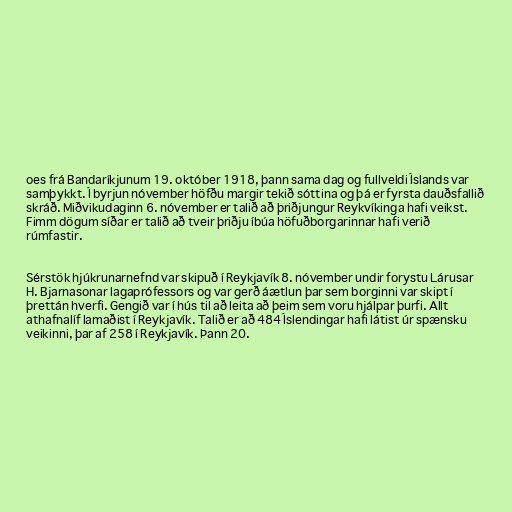
oes frá Bandaríkjunum 19. október 1918, þann sama dag og fullveldi Íslands var
samþykkt. Í byrjun nóvember höfðu margir tekið sóttina og þá er fyrsta dauðsfallið
skráð. Miðvikudaginn 6. nóvember er talið að þriðjungur Reykvíkinga hafi veikst.
Fimm dögum síðar er talið að tveir þriðju íbúa höfuðborgarinnar hafi verið
rúmfastir.

Sérstök hjúkrunarnefnd var skipuð í Reykjavík 8. nóvember undir forystu Lárusar
H. Bjarnasonar lagaprófessors og var gerð áætlun þar sem borginni var skipt í
þrettán hverfi. Gengið var í hús til að leita að þeim sem voru hjálpar þurfi. Allt
athafnalíf lamaðist í Reykjavík. Talið er að 484 Íslendingar hafi látist úr spænsku
veikinni, þar af 258 í Reykjavík. Þann 20.